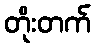
တိုးတက်